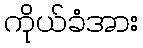
ကိုယ်ခံအား